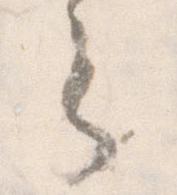
之